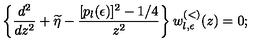
\left\{ \frac { d ^ { 2 } } { d z ^ { 2 } } + \widetilde { \eta } - \frac { [ p _ { l } ( \epsilon ) ] ^ { 2 } - 1 / 4 } { z ^ { 2 } } \right\} w _ { l , \epsilon } ^ { ( < ) } ( z ) = 0 ;